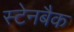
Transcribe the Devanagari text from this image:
स्टेनबैक